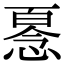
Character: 𢞘